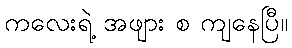
ကလေးရဲ့ အဖျား စ ကျနေပြီ။